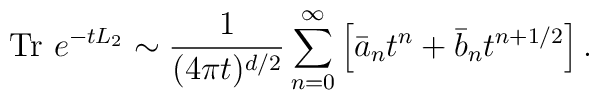
\mbox{Tr}~e^{-tL_2}\sim {1 \over (4\pi t)^{d/2}}\sum_{n=0}^{\infty} \left[\bar{a}_nt^n+\bar{b}_nt^{n+1/2}\right].